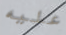
عليه